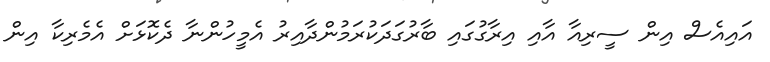
އައިއެސް އިން ސީރިއާ އާއި އިރާގުގައި ބާރުގަދަކުރަމުންދާއިރު އެމީހުންނާ ދެކޮޅަށް އެމެރިކާ އިން